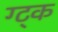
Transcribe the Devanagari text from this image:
ग्ट्क